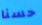
حسنا